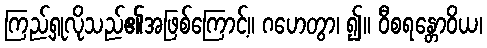
ကြည့်ရှုလိုသည်၏အဖြစ်ကြောင့်။ ဂဟေတွာ၊ ၍။ ဝီစရန္တောဝိယ၊